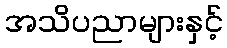
အသိပညာများနှင့်